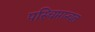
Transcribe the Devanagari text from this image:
पस्चिमान्चल